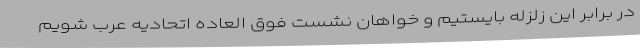
در برابر این زلزله بایستیم و خواهان نشست فوق العاده اتحادیه عرب شویم